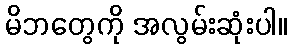
မိဘတွေကို အလွမ်းဆုံးပါ။